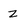
Character: z